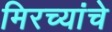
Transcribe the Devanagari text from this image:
मिरच्यांचे